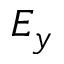
E _ { y }